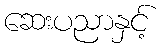
ဆေးပညာနှင့်